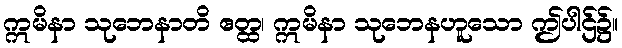
ဣမိနာ သုဘေနာတိ ဧတ္ထ၊ ဣမိနာ သုဘေနဟူသော ဤပါဌ်၌။